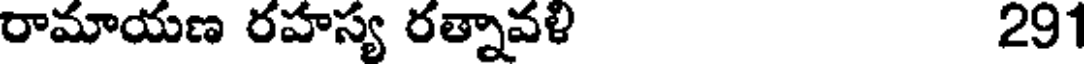
రామాయణ రహస్య రత్నావళి 291